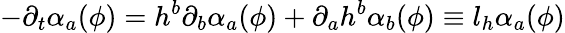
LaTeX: -\partial_{t}\alpha_{a}(\phi)=h^{b}\partial_{b}\alpha_{a}(\phi)+\partial_{a}h^{b}\alpha_{b}(\phi)\equiv l_{h}\alpha_{a}(\phi)